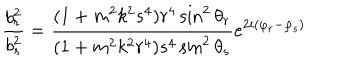
\frac { b _ { r } ^ { 2 } } { b _ { s } ^ { 2 } } = \frac { ( 1 + m ^ { 2 } k ^ { 2 } s ^ { 4 } ) r ^ { 4 } \sin ^ { 2 } \theta _ { r } } { ( 1 + m ^ { 2 } k ^ { 2 } r ^ { 4 } ) s ^ { 4 } \sin ^ { 2 } \theta _ { s } } e ^ { 2 i ( \varphi _ { r } - \varphi _ { s } ) }